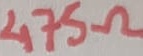
Text: 475Ω